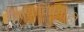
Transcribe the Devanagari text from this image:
वाद्यांविषयीही